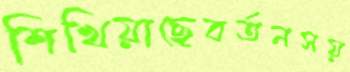
শিখিয়াছেবর্তনসয়